Report on vaccination in the Province of Bengal - 1869-1873
Year: 1869
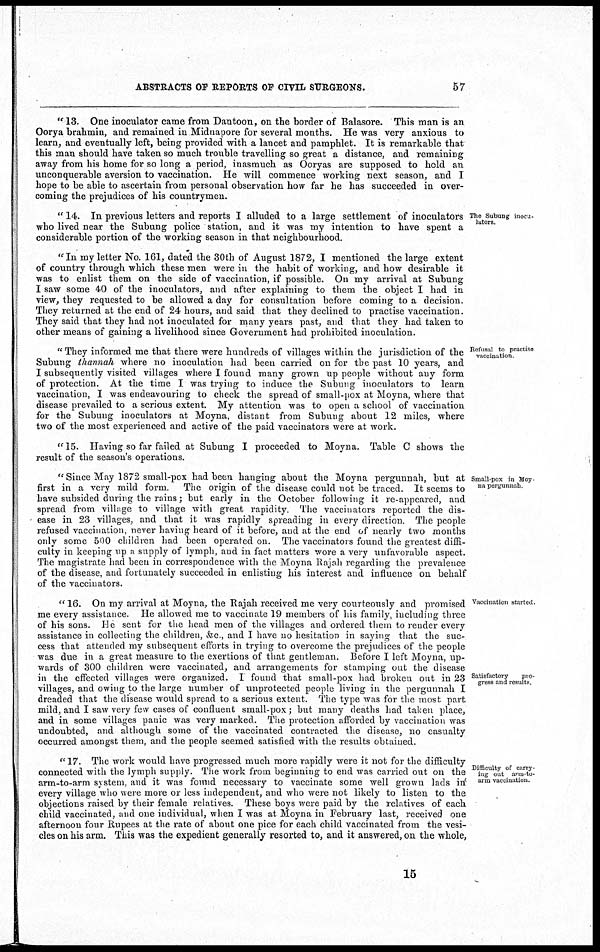
ABSTRACTS OF REPORTS OF CIVIL SURGEONS.
57
" 13. One inoculator came from Dantoon, on the border of Balasore. This man is an
Oorya brahmin, and remained in Midnapore for several months. He was very anxious to
learn, and eventually left, being provided with a lancet and pamphlet. It is remarkable that
this man should have taken so much trouble travelling so great a distance, and remaining
away from his home for so long a period, inasmuch as Ooryas are supposed to hold an
unconquerable aversion to vaccination. He will commence working next season, and I
hope to be able to ascertain from personal observation how far he has succeeded in over-
coming the prejudices of his countrymen.
The Subung inocu¬
lutors.
" 14. In previous letters and reports I alluded to a large settlement of inoculators
who lived near the Subung police station, and it was my intention to have spent a
considerable portion of the working season in that neighbourhood.
"In my letter No. 161, dated the 30th of August 1872, I mentioned the large extent
of country through which these men were in the habit of working, and how desirable it
was to enlist them on the side of vaccination, if possible. On my arrival at Subung
I saw some 40 of the inoculators, and after explaining to them the object I had in
view, they requested to be allowed a day for consultation before coming to a decision.
They returned at the end of 24 hours, and said that they declined to practise vaccination.
They said that they had not inoculated for many years past, and that they had taken to
other means of gaining a livelihood since Government had prohibited inoculation.
Refusal to practise
vaccination
"They informed me that there were hundreds of villages within the jurisdiction of the
Subung thannah where no inoculation had been carried on for the past 10 years, and
I subsequently visited villages where I found many grown up people without any form
of protection. At the time I was trying to induce the Subung inoculators to learn
vaccination, I was endeavouring to check the spread of small-pox at Moyna, where that
disease prevailed to a serious extent. My attention was to open a school of vaccination
for the Subung inoculators at Moyna, distant from Subung about 12 miles, where
two of the most experienced and active of the paid vaccinators were at work.
" 15. Having so far failed at Subung I proceeded to Moyna. Table C shows the
result of the season's operations.
Small-pox in Moy-
na pergunnah.
"Since May 1872 small-pox had been hanging about the Moyna pergunnah, but at
first in a very mild form. The origin of the disease could not be traced. It seems to
have subsided during the rains; but early in the October following it re-appeared, and
spread from village to village with great rapidity. The vaccinators reported the dis¬
ease in 23 villages, and that it was rapidly spreading in every direction. The people
refused vaccination, never having heard of it before, and at the end of nearly two months
only some 500 children had been operated on. The vaccinators found the greatest diffi-
culty in keeping up a supply of lymph, and in fact matters wore a very unfavorable aspect.
The magistrate had been in correspondence with the Moyna Rajah regarding the prevalence
of the disease, and fortunately succeeded in enlisting his interest and influence on behalf
of the vaccinators.
Vaccination started
Satisfactory
pro-
gress and results.
" 16. On my arrival at Moyna, the Rajah received me very courteously and promised
me every assistance. He allowed me to vaccinate 19 members of his family, including three
of his sons. He sent for the head men of the villages and ordered them to render every
assistance in collecting the children, &c , and I have no hesitation in saying that the suc-
cess that attended my subsequent efforts in trying to overcome the prejudices of the people
was due in a great measure to the exertions of that gentleman. Before I left Moyna, up-
wards of 300 children were vaccinated, and arrangements for stamping out the disease
in the effected villages were organized. I found that small-pox had broken out in 23
villages, and owing to the large number of unprotected people living in the pergunnah I
dreaded that the disease would spread to a serious extent. The type was for the most part
mild, and I saw very few cases of confluent small-pox; but many deaths had taken place,
and in some villages panic was very marked. The protection afforded by vaccination was
undoubted, and although some of the vaccinated contracted the disease, no casualty
occurred amongst them, and the people seemed satisfied with the results obtained.
Difficulty of carry-
ing out arm-to-
arm vaccination
" 17. The work would have progressed much more rapidly were it not for the difficulty
connected with the lymph supply. The work from beginning to end was carried out on the
arm-to-arm system, and it was found necessary to vaccinate some well grown lads in
every village who were more or less independent, and who were not likely to listen to the
objections raised by their female relatives. These boys were paid by the relatives of each
child vaccinated, and one individual, when I was at Moyna in February last, received one
afternoon four Rupees at the rate of about one pice for each child vaccinated from the vesi-
cles on his arm. This was the expedient generally resorted to, and it answered, on the whole,
15